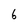
Character: 6